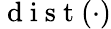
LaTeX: \mathrm{~d~i~s~t~}(\cdot)